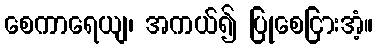
စေကာရေယျ၊ အကယ်၍ ပြုစေငြားအံ့။